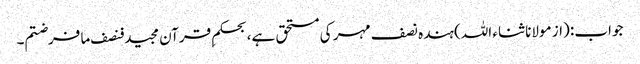
جواب: (از مولانا ثناء اللہ) ہندہ نصف مہر کی مستحق ہے، بحکمِ قرآن مجید فنصف ما فرضتم۔